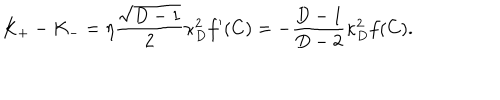
K _ { + } - K _ { - } = \eta { \frac { \sqrt { D - 1 } } { 2 } } \kappa _ { D } ^ { 2 } f ^ { \prime } ( C ) = - { \frac { D - 1 } { D - 2 } } \kappa _ { D } ^ { 2 } f ( C ) .